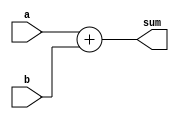
module adder10(a,b,sum);

input [9:0] a,b;
output [9:0] sum;
wire [9:0] sum;

assign sum = a + b;

endmodule